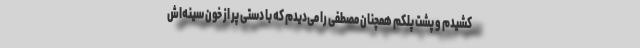
کشیدم و پشت پلکم همچنان مصطفی را می‌دیدم که با دستی پر از خون سینه‌اش